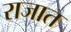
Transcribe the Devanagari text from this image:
राजात